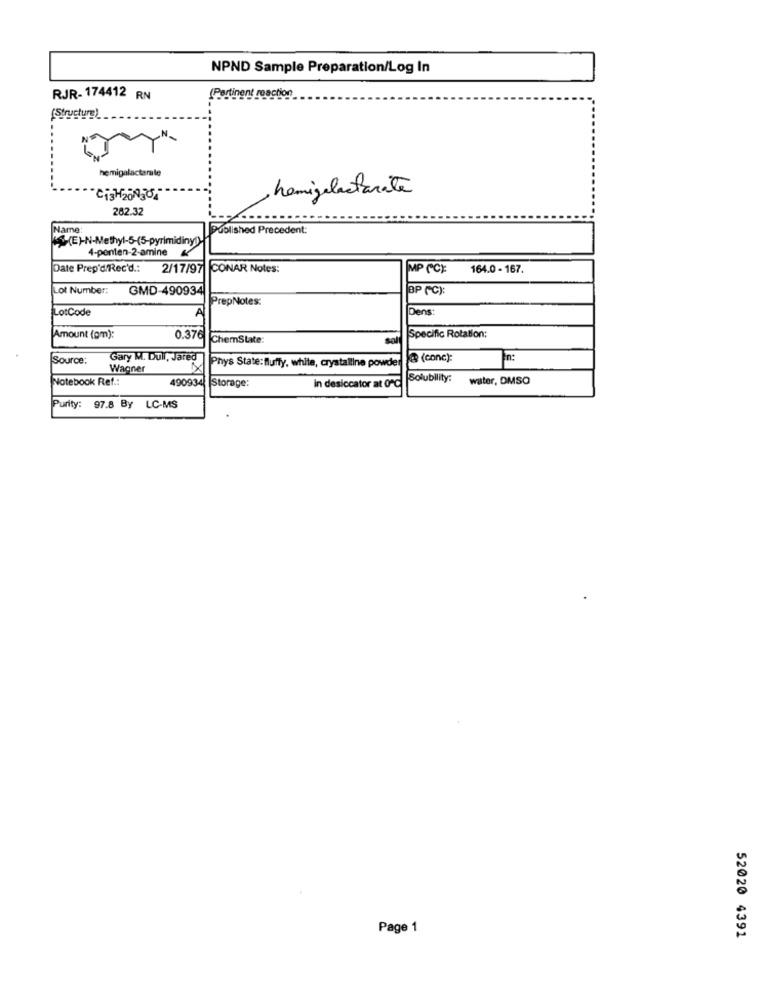
NPND Sample Preparation/Log In
RJR- 174412 RN
(Pertinent reaction
(Structural
hemigalactamale
hemigelactarate
CisH20030
262.32
Name
Published Precedent:
4-penten-2-amine
Date Prep'd'Rec'd .:
2/17/97
CONAR Notes:
MP CCE:
164.0 - 167.
Lot Number:
GMD-490934
BP (C):
PrepNotes:
LotCode
Dens:
Amount (om):
0.376
ChemState:
sal
Specific Rotation:
Source:
Gary M. Dull, Jared
Phys State: fluffy, white, crystalline powder
@ (conc):
Wagner
Notebook Ref .:
490934
Solubility:
water, DMSO
Storage:
in desiccator at 0℃
Purity: 97.8 By LC-MS
Page 1
52020 4391